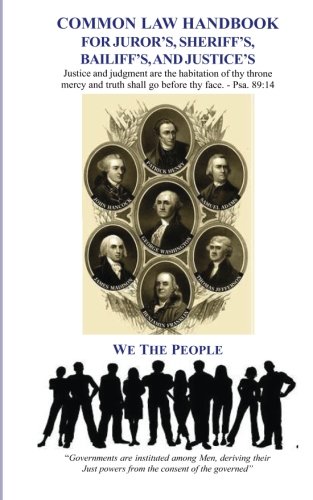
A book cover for Common Law Handbook: For Juror's, Sheriff's, Bailiff's, and Justice's; David E. Robinson; Law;